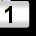
Digit: 1